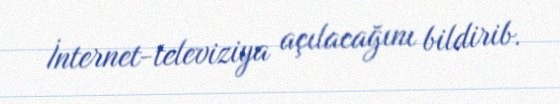
İnternet-televiziya açılacağını bildirib.